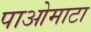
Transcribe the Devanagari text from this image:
पाओमाटा